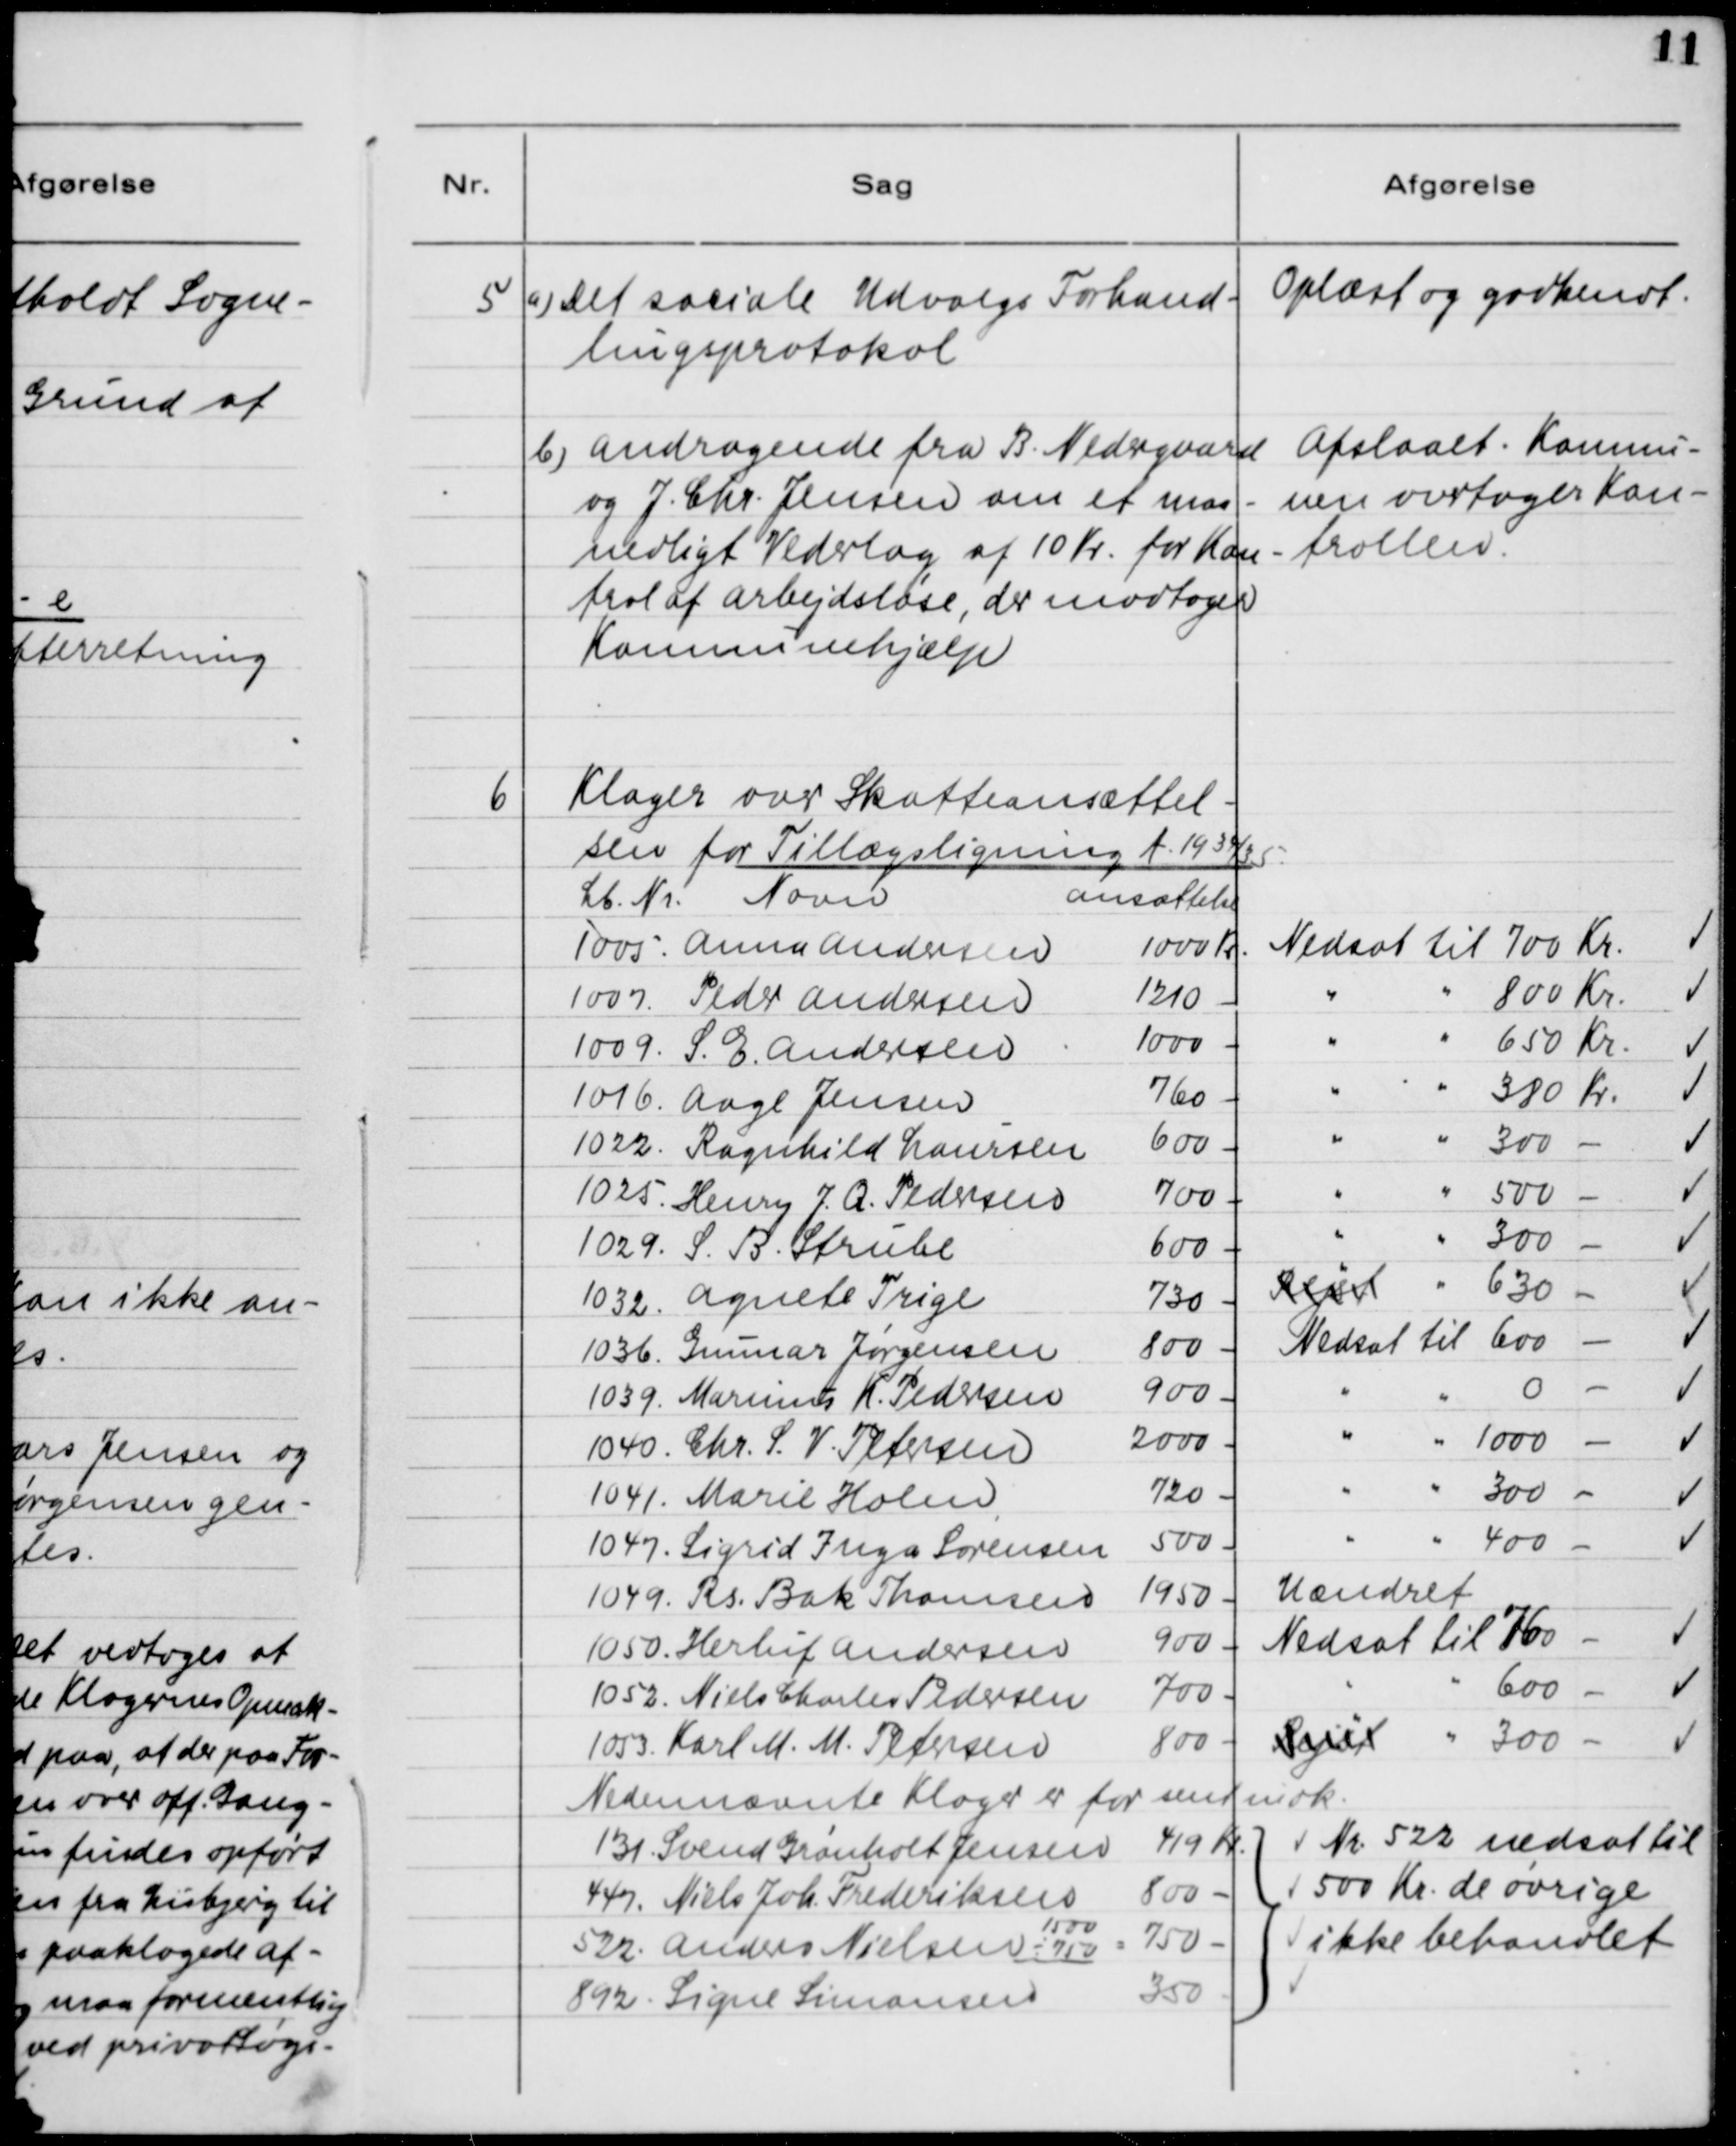
Transskription:
5

a) Det sociale Udvalgs Forhand-
lingsprotokol.

Oplæst og godkendt

b) Andragende fra B. Nedergaard
og J. Chr. Jensen om et maa-
nedligt Vederlag af 10 Kr. for Kon-
trol af Arbejdsløse, der modtager
Kommunehjælp.

Afslaaet. Kommu-
nen overtager Kon-
trollen.

6

Klager over Skatteansættel-
sen fra Tillægsligning f. 1934/35